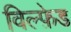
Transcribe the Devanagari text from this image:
विल्फ़ेड